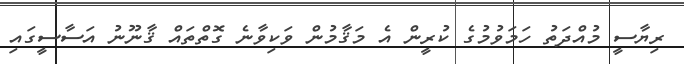
ރިޔާސީ މުއްދަތު ހަމަވުމުގެ ކުރީން އެ މަޤާމުން ވަކިވާނެ ގޮތްތައް ޤާނޫނު އަސާސީގައި